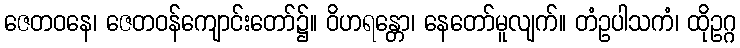
ဇေတဝနေ၊ ဇေတဝန်ကျောင်းတော်၌။ ဝိဟရန္တော၊ နေတော်မူလျက်။ တံဥပါသကံ၊ ထိုဥဂ္ဂ